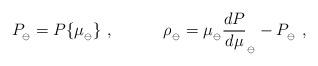
LaTeX: \begin{align*}P_{_\ominus}=P\{\mu_{_\ominus}\} \ ,\qquad\quad \rho_{_\ominus}=\mu_{_\ominus}{dP\over d\mu}_{_\ominus}-P_{_\ominus} \ ,\end{align*}